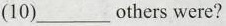
(10)___ others were?